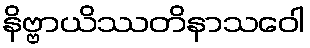
နိဗ္ဗာယိဿတိနာသဝေါ